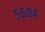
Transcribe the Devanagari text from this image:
५६०४